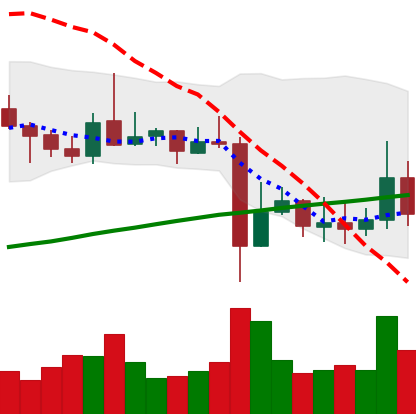
Ticker: ADA-USD
Chart end date: 2021-11-04
Forward return: 14.54%
Label: up_7plus